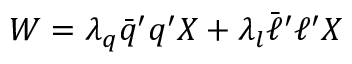
W = \lambda _ { q } \bar { q } ^ { \prime } q ^ { \prime } X + \lambda _ { l } \bar { \ell } ^ { \prime } \ell ^ { \prime } X